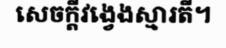
សេចក្តីវង្វេងស្មារតី។